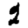
Digit: 2